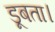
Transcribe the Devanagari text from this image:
डूबता।